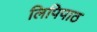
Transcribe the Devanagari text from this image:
लिपिपाठ